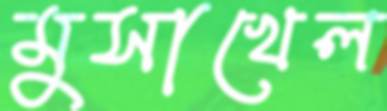
মুসাখেল